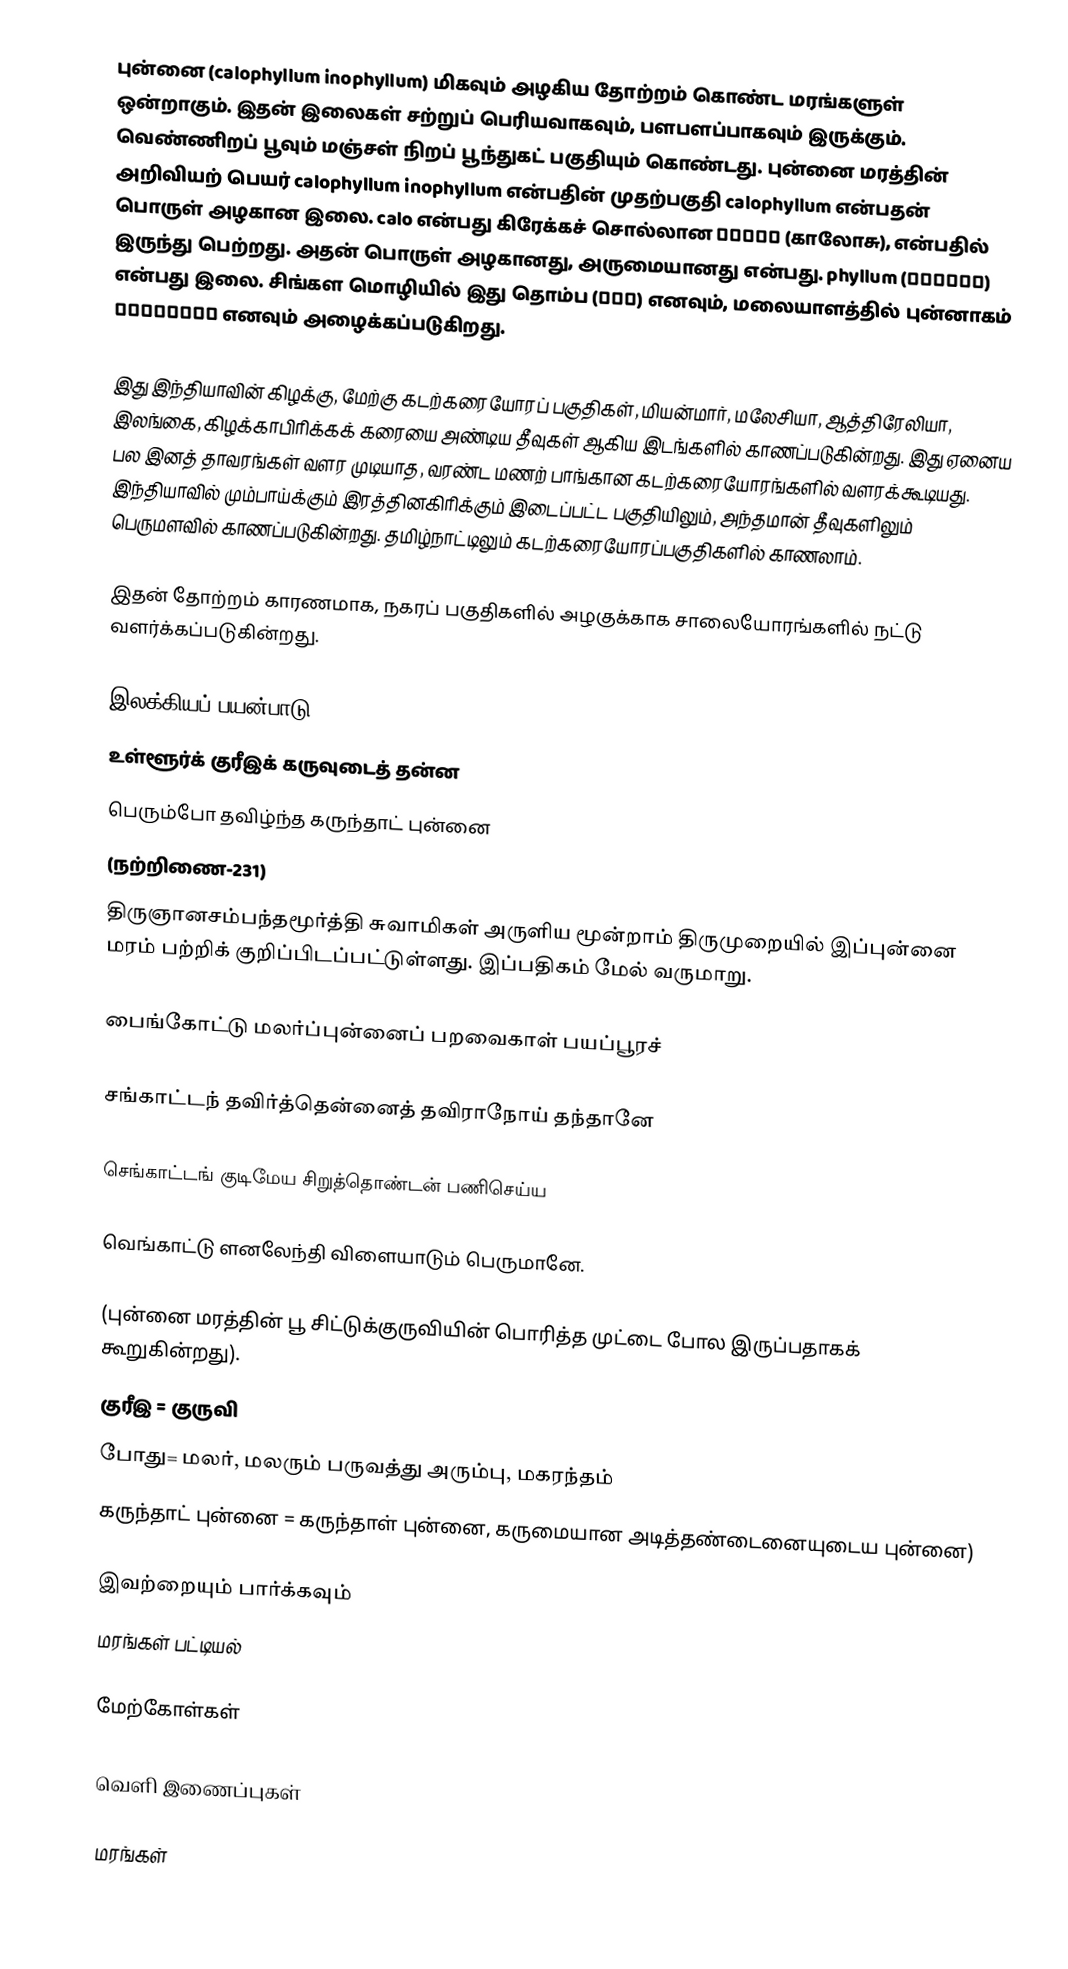
புன்னை (calophyllum inophyllum) மிகவும் அழகிய தோற்றம் கொண்ட மரங்களுள் ஒன்றாகும். இதன் இலைகள் சற்றுப் பெரியவாகவும், பளபளப்பாகவும் இருக்கும். வெண்ணிறப் பூவும் மஞ்சள் நிறப் பூந்துகட் பகுதியும் கொண்டது. புன்னை மரத்தின் அறிவியற் பெயர் calophyllum inophyllum என்பதின் முதற்பகுதி calophyllum என்பதன் பொருள் அழகான இலை. calo என்பது கிரேக்கச் சொல்லான καλός (காலோசு), என்பதில் இருந்து பெற்றது. அதன் பொருள் அழகானது, அருமையானது என்பது. phyllum (φύλλον) என்பது இலை. சிங்கள மொழியில் இது தொம்ப (දොඔ) எனவும், மலையாளத்தில் புன்னாகம் പുന്നാഗം எனவும் அழைக்கப்படுகிறது.

இது இந்தியாவின் கிழக்கு, மேற்கு கடற்கரையோரப் பகுதிகள், மியன்மார், மலேசியா, ஆத்திரேலியா, இலங்கை, கிழக்காபிரிக்கக் கரையை அண்டிய தீவுகள் ஆகிய இடங்களில் காணப்படுகின்றது. இது ஏனைய பல இனத் தாவரங்கள் வளர முடியாத, வரண்ட மணற் பாங்கான கடற்கரையோரங்களில் வளரக்கூடியது. இந்தியாவில் மும்பாய்க்கும் இரத்தினகிரிக்கும் இடைப்பட்ட பகுதியிலும், அந்தமான் தீவுகளிலும் பெருமளவில் காணப்படுகின்றது. தமிழ்நாட்டிலும் கடற்கரையோரப்பகுதிகளில் காணலாம்.

இதன் தோற்றம் காரணமாக, நகரப் பகுதிகளில் அழகுக்காக சாலையோரங்களில் நட்டு வளர்க்கப்படுகின்றது.

இலக்கியப் பயன்பாடு
உள்ளூர்க் குரீஇக் கருவுடைத் தன்ன
பெரும்போ தவிழ்ந்த கருந்தாட் புன்னை
(நற்றிணை-231)
திருஞானசம்பந்தமூர்த்தி சுவாமிகள் அருளிய மூன்றாம் திருமுறையில் இப்புன்னை மரம் பற்றிக் குறிப்பிடப்பட்டுள்ளது. இப்பதிகம் மேல் வருமாறு.

பைங்கோட்டு மலர்ப்புன்னைப் பறவைகாள் பயப்பூரச்

சங்காட்டந் தவிர்த்தென்னைத் தவிராநோய்  தந்தானே

செங்காட்டங் குடிமேய சிறுத்தொண்டன்  பணிசெய்ய

வெங்காட்டு ளனலேந்தி விளையாடும் பெருமானே.

(புன்னை மரத்தின் பூ சிட்டுக்குருவியின் பொரித்த முட்டை போல இருப்பதாகக் கூறுகின்றது).
 குரீஇ = குருவி
 போது= மலர், மலரும் பருவத்து அரும்பு, மகரந்தம்
 கருந்தாட் புன்னை = கருந்தாள் புன்னை, கருமையான அடித்தண்டைனையுடைய புன்னை)

இவற்றையும் பார்க்கவும்
 மரங்கள் பட்டியல்

மேற்கோள்கள்

வெளி இணைப்புகள்

மரங்கள்